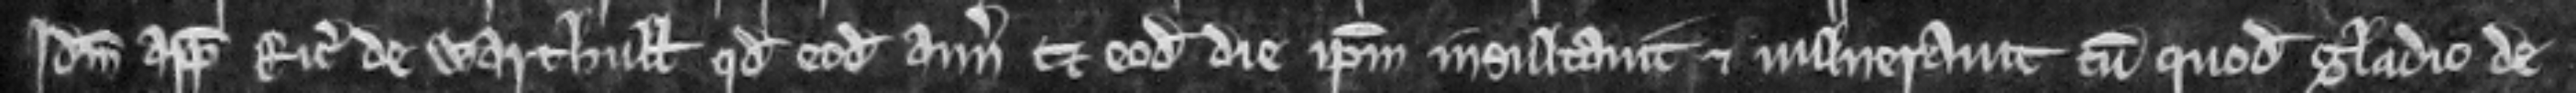
Idem appellat Ricardum de Warthull quod eodem anno et eodem die ipsum insultavit et vulneravit cum quodam gladio de